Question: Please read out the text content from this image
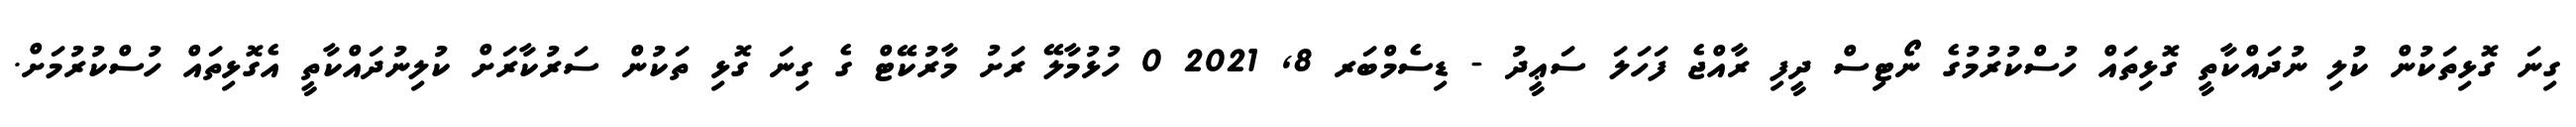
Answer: ގިނަ ގޮޅިތަކުން ކުލި ނުދައްކާތީ ގޮޅިތައް ހުސްކުރުމުގެ ނޯޓިސް ދީފި ރާއްޖެ ފަހަލަ ސަޢީދު - ޑިސެމްބަރ 8, 2021 0 ހުޅުމާލޭ ރަށު މާރުކޭޓް ގެ ގިނަ ގޮޅި ތަކުން ސަރުކާރަށް ކުލިނުދައްކާތީ އެގޮޅިތައް ހުސްކުރުމަށް.